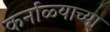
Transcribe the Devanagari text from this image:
कर्नाळ्याच्या